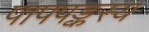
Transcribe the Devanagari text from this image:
पापपङ्कस्य